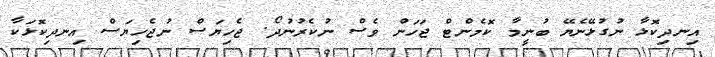
އިނދިކޮޅާ ނުގުޅޭނެޔޭ ބުނީމާ ކޮމެންޓް ޖަހަން ވެސް ނުކެރުނުދޯ. ޖެހިޔަސް ނުޖެހިޔަސް އިނދިކޮޅަކާ